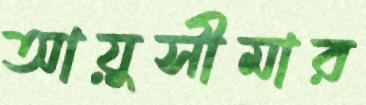
আয়ুসীমার